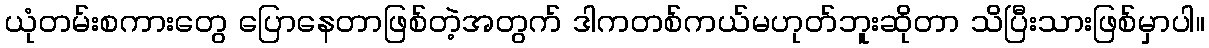
ယုံတမ်းစကားတွေ ပြောနေတာဖြစ်တဲ့အတွက် ဒါကတစ်ကယ်မဟုတ်ဘူးဆိုတာ သိပြီးသားဖြစ်မှာပါ။